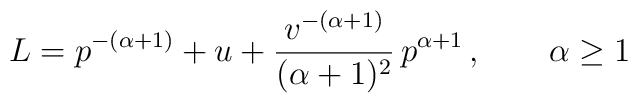
L=p^{-(\alpha+1)}+u+{v^{-(\alpha+1)}\over(\alpha+1)^2}\,p^{\alpha+1}\,,\quad\quad \alpha\ge1